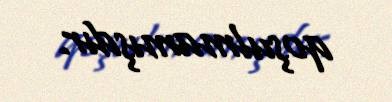
qoşulmamışdır.